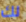
لك